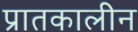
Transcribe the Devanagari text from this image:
प्रातकालीन